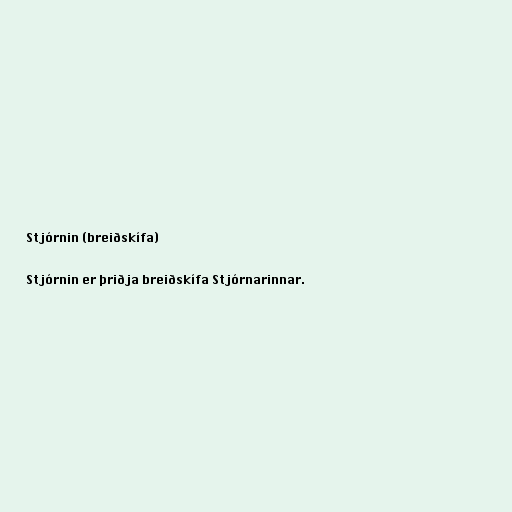
Stjórnin (breiðskífa)

Stjórnin er þriðja breiðskífa Stjórnarinnar.